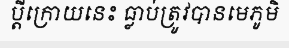
ប្តីក្រោយនេះ ធ្លាប់ត្រូវបានមេភូមិ